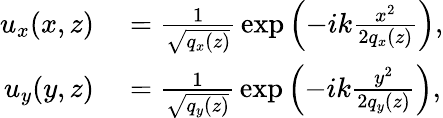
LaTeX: \begin{array}{rl}{u_{x}(x,z)}&{{}={\frac{1}{\sqrt{{q}_{x}(z)}}}\exp\left(-ik{\frac{x^{2}}{2{q}_{x}(z)}}\right),}\\ {u_{y}(y,z)}&{{}={\frac{1}{\sqrt{{q}_{y}(z)}}}\exp\left(-ik{\frac{y^{2}}{2{q}_{y}(z)}}\right),}\end{array}